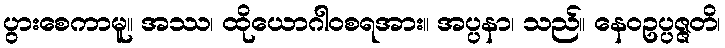
ပွားစေကာမူ။ အဿ၊ ထိုယောဂါဝစရအား။ အပ္ပနာ၊ သည်။ နေဝဥပ္ပဇ္ဇတိ၊